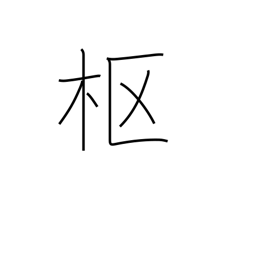
Meaning: center of things